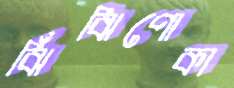
ঝিঁঝিপোকা